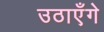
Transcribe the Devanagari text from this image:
उठाएँगे